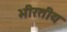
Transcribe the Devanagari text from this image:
भीरतीय